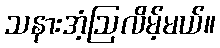
သနားအံ့ဩလိမ့်မယ်။